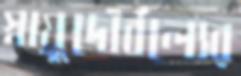
স্নায়ুদৌর্বল্যের